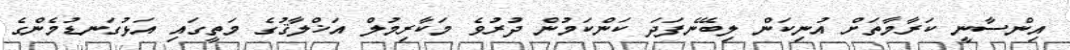
އިންސާނީ ކަރާމާތަށް އުނިކަން ލިބޭނެފަދަ ކަންކަމުން ދުރުވެ މަކާރިމުލް އަޚްލާޤުގެ މަތީގައި އަޅުގަނޑުމެންގެ